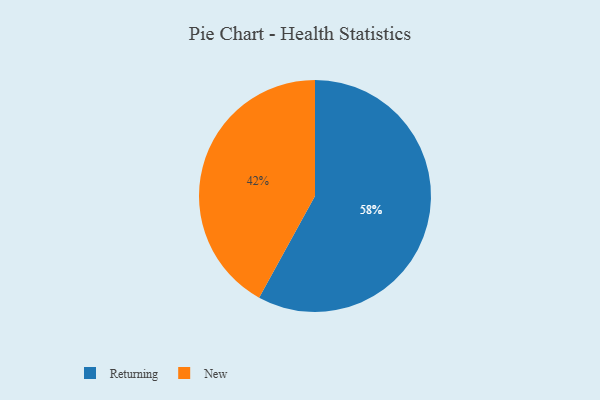
{"axis": {"x": "Category", "y": "Percentage"}, "legend": ["New", "Returning"], "data": [{"x": "New", "y": 42, "type": "New"}, {"x": "Returning", "y": 58, "type": "Returning"}]}